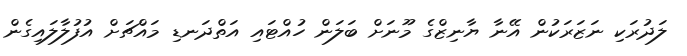
ލަދުރަކި ނަޒަރަކުން އޭނާ ޔާނިޒްގެ މޫނަށް ބަލަން ހުއްޓައި އަތްދަނޑި މައްޗަށް އުފުލާލައިގެން